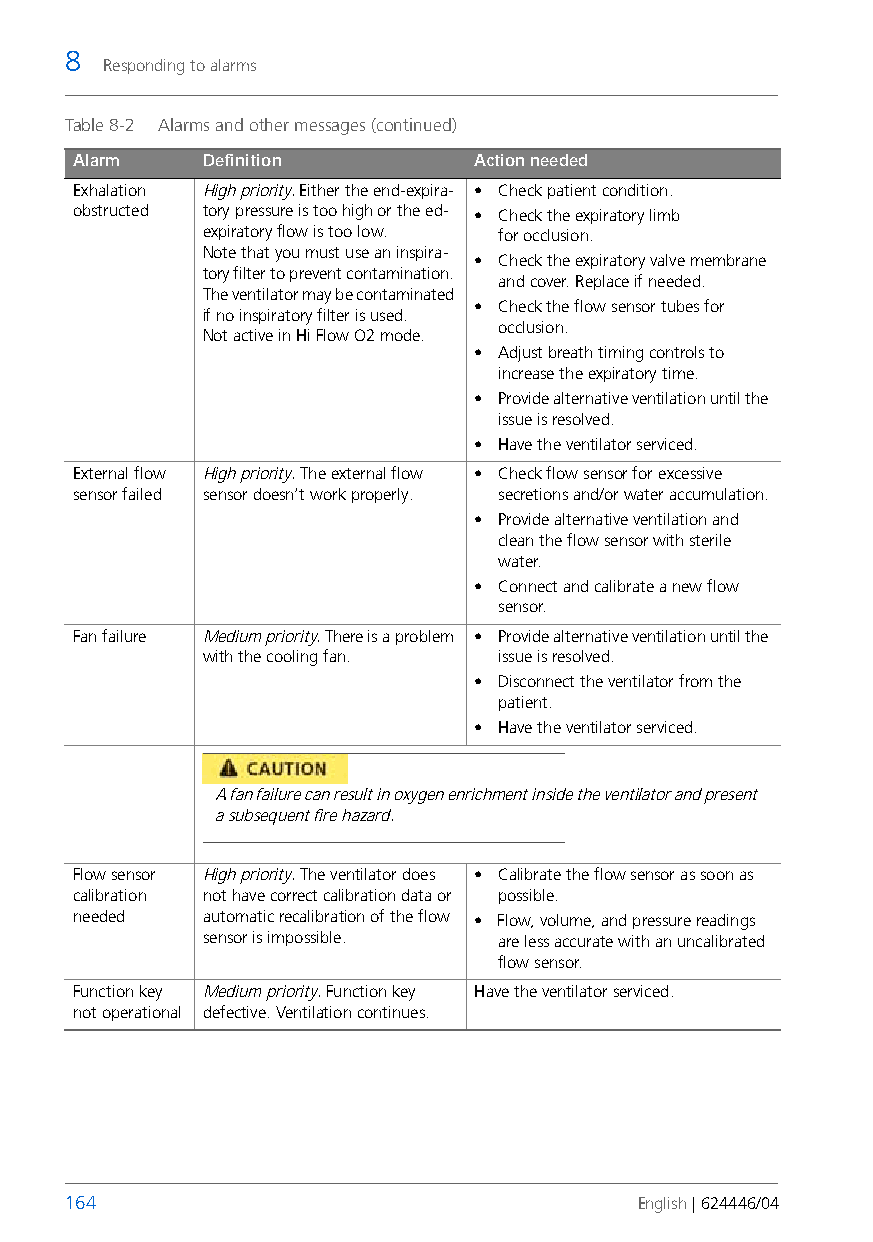
8
 Responding to alarms
 Table 8-2 Alarms and other messages (continued)
 Alarm    Definition        Action needed
 Exhalation High priority. Either the end-expira- • Check patient condition.
 obstructed tory pressure is too high or the ed- • Check the expiratory limb
 expiratory flow is too low. forocclusion.
 Note that you must use an inspira-
 • Check the expiratory valve membrane
 tory filter to prevent contamination.
 and cover. Replace if needed.
 The ventilator may be contaminated
 • Check the flow sensor tubes for
 if no inspiratory filter is used.
 occlusion.
 Not active in Hi Flow O2 mode.
 • Adjust breath timing controls to
 increase the expiratory time.
 • Provide alternative ventilation until the
 issue is resolved.
 • Have the ventilator serviced.
 External flow High priority. The external flow • Check flow sensor for excessive
 sensor failed sensor doesn’t work properly. secretions and/or water accumulation.
 • Provide alternative ventilation and
 clean the flow sensor with sterile
 water.
 • Connect and calibrate a new flow
 sensor.
 Fan failure Medium priority. There is a problem • Provide alternative ventilation until the
 with the cooling fan. issue is resolved.
 • Disconnect the ventilator from the
 patient.
 • Have the ventilator serviced.
 A fan failure can result in oxygen enrichment inside the ventilator and present
 a subsequent fire hazard.
 Flow sensor High priority. The ventilator does • Calibrate the flow sensor as soon as
 calibration not have correct calibration data or possible.
 needed   automatic recalibration of the flow • Flow, volume, and pressure readings
 sensor is impossible. are less accurate with an uncalibrated
 flow sensor.
 Function key Medium priority. Function key Have the ventilator serviced.
 not operational defective. Ventilation continues.
 164                                   English | 624446/04